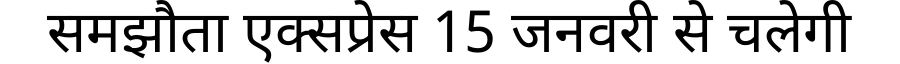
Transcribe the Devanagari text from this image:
समझौता एक्सप्रेस 15 जनवरी से चलेगी